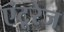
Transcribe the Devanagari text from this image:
एंटूरेज